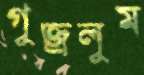
গুজ্‌রলুম